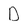
Character: D